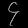
Digit: ၄